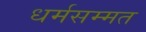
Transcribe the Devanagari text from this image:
धर्मसम्मत